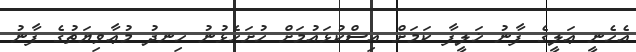
އެހެނީ ޢަލީގެ ފާނު ޚަލީފާ ކަމަށް އިސްކުޅައުމަށް ހުށަހެޅުނު ހިނދު މުޢާވިޔަތުގެ ފާނު